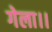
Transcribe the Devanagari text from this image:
गेला।।